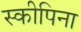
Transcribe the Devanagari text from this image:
स्कीपिना